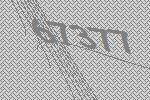
67377